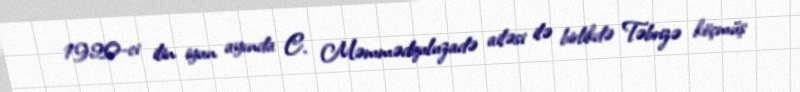
1920-ci ilin iyun ayında C. Məmmədquluzadə ailəsi ilə birlikdə Təbrizə köçmüş